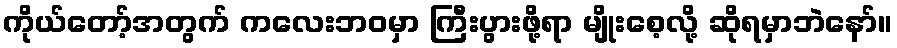
ကိုယ်တော့်အတွက် ကလေးဘဝမှာ ကြီးပွားဖို့ရာ မျိုးစေ့လို့ ဆိုရမှာဘဲနော်။